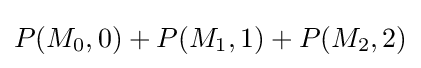
P(M_{0},0)+P(M_{1},1)+P(M_{2},2)